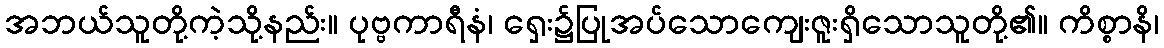
အဘယ်သူတို့ကဲ့သို့နည်း။ ပုဗ္ဗကာရီနံ၊ ရှေး၌ပြုအပ်သောကျေးဇူးရှိသောသူတို့၏။ ကိစ္စာနိ၊